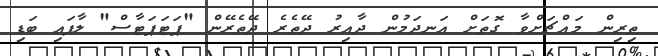
ތިރިން މައްޗަށްވާ ގޮތަށް އަނދަމުން ދާއިރު ދޭތެރެ ދޭތެރޭން "ޕަޓަޕަޓާސް" ލާފައި ބަޑި